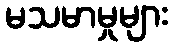
မသမာမှုများ